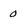
Character: 0